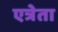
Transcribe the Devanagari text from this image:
एत्रेता